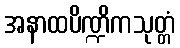
အနာထပိဏ္ဍိကသုတ္တံ